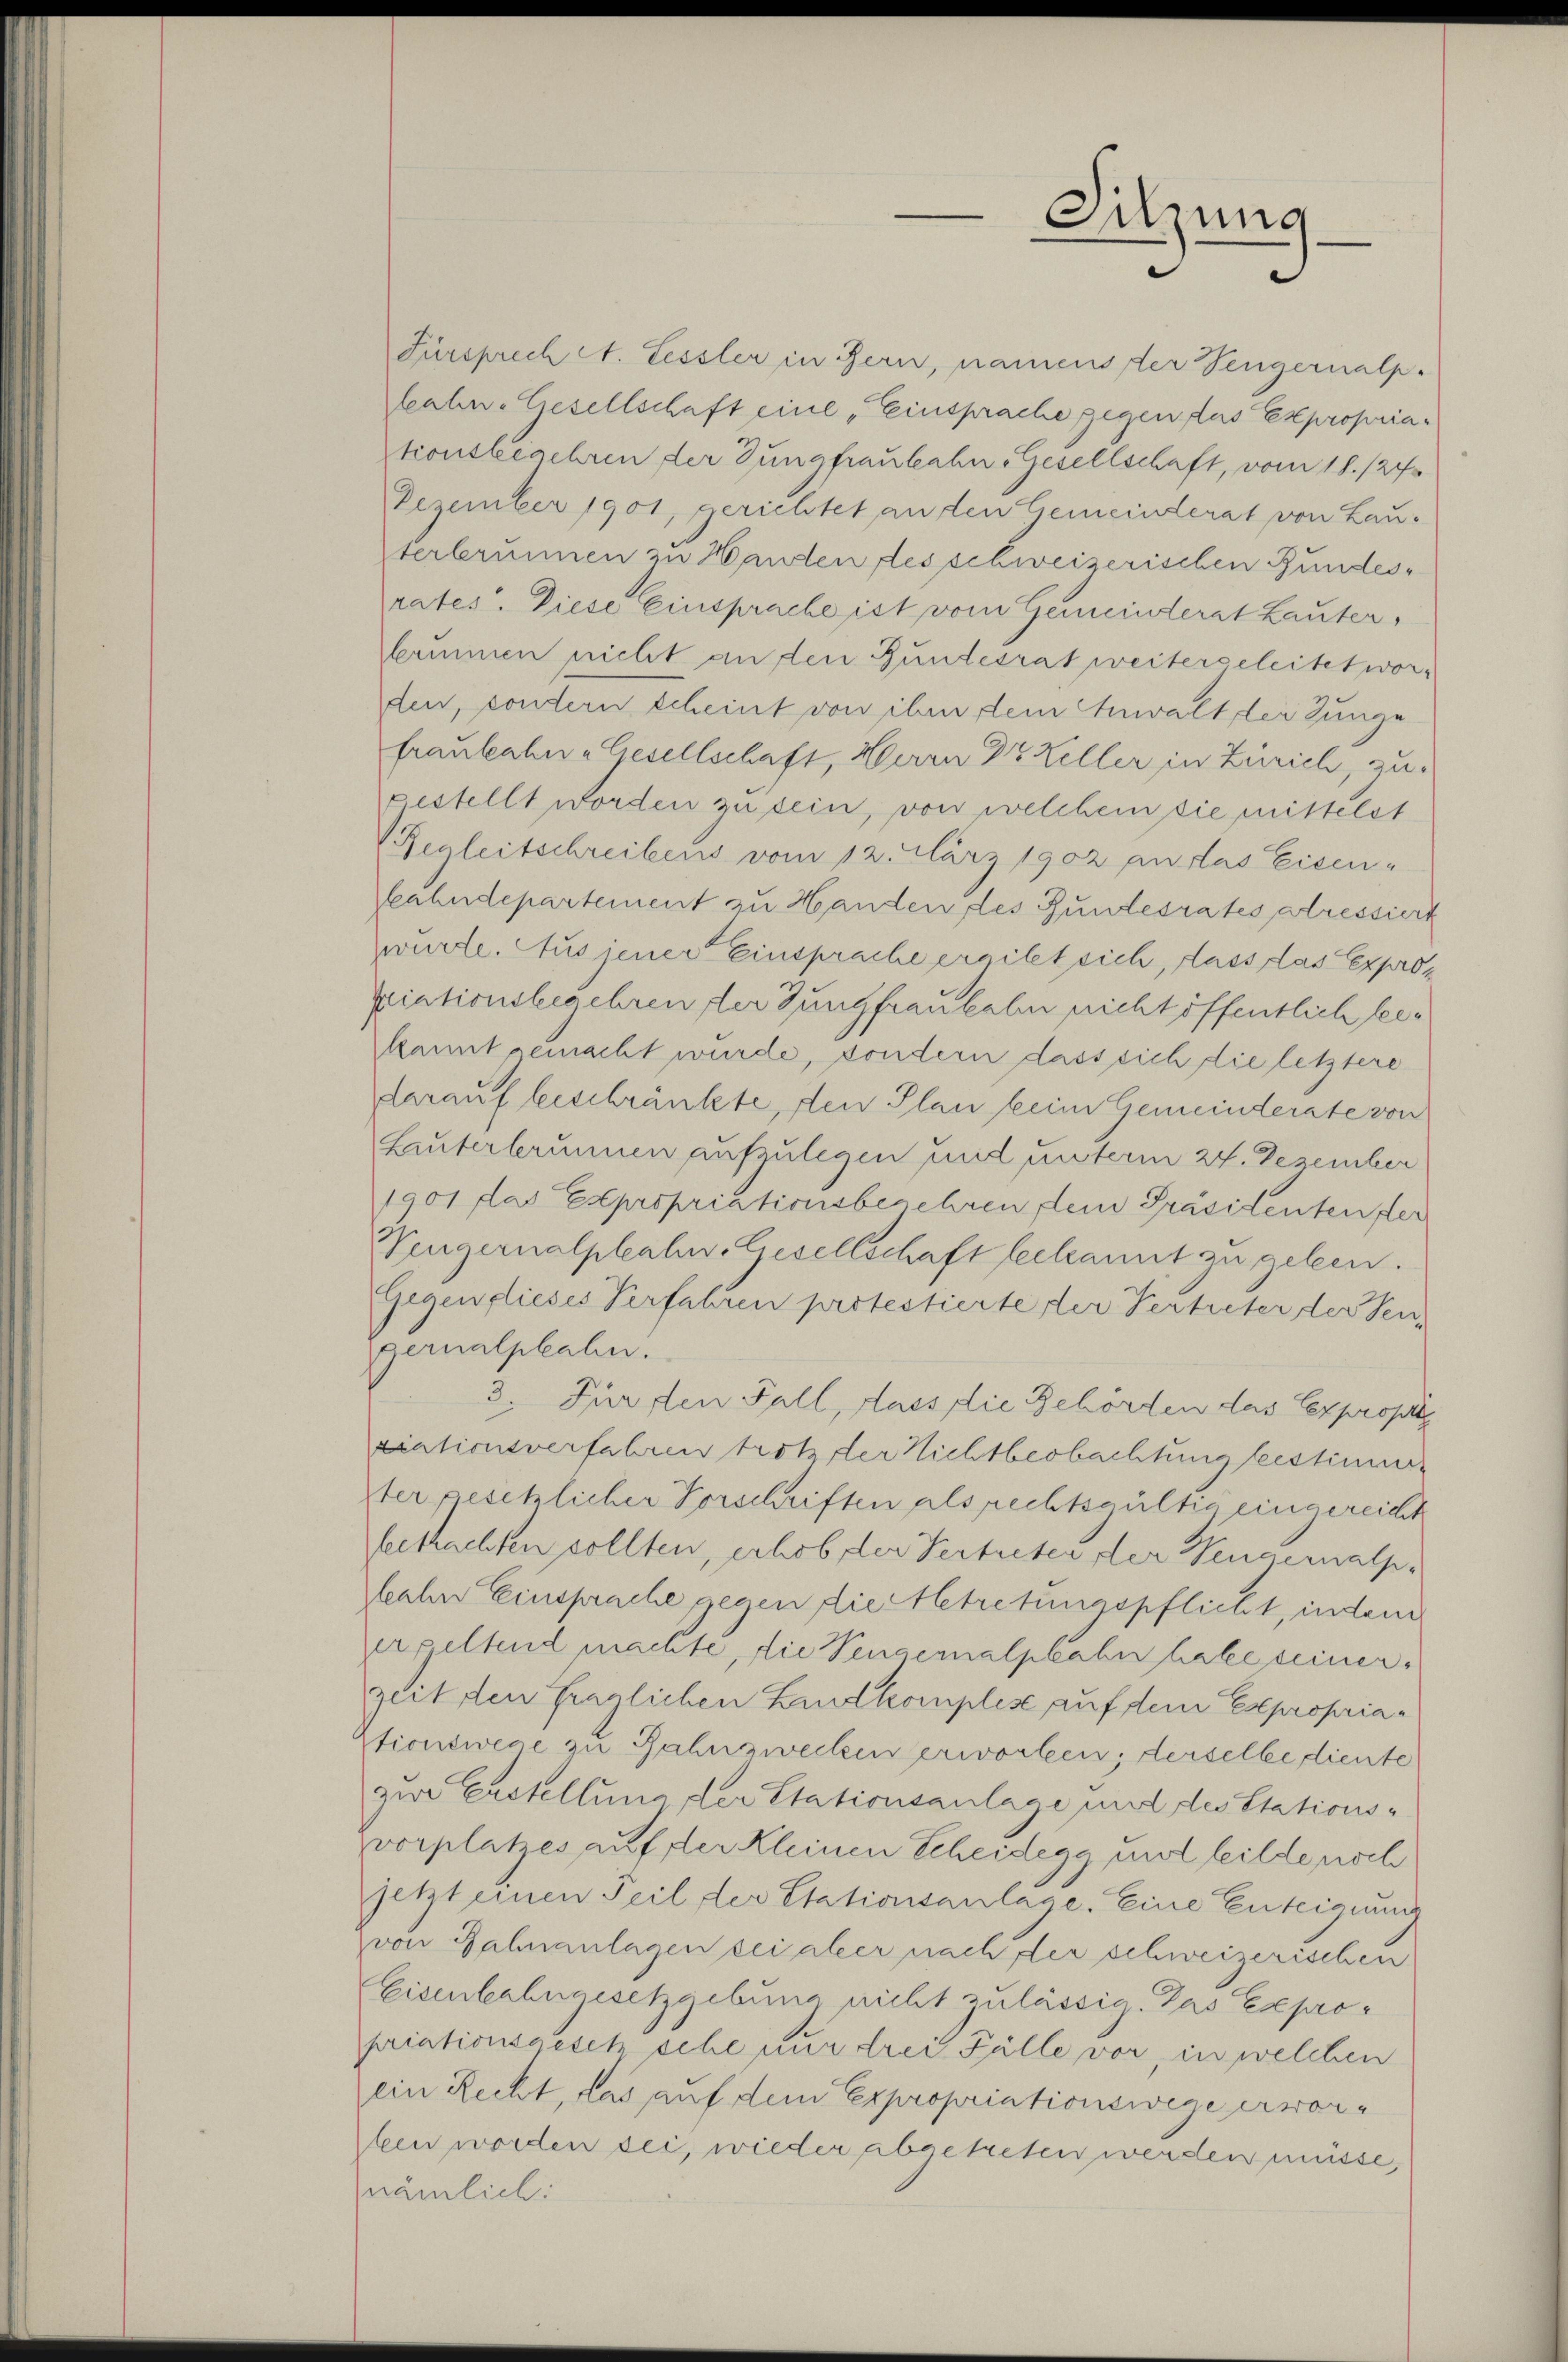
Fürsprech A. Lessler in Bern, namenster Sengernalp.
lahn-Gesellschaft eine „Einsprache gegen das Expropriationsbegehren der Jungfraubahn. Gesellschaft, vom 18. /27
Dezember 1901, gerichtet an den Gemeinderat von Lau-
terbrunnen zu Handen des schweizerischen Bundesrates. Diese Einsprache ist vom Gemeinderat Lauter,
kiimmen nicht an den Gundesrat weitergeleitet worden, contern scheint von ihm dem Anwalt der Junge
fraubahn-Gesellschaft, Herrn Dr Keller in Zürich, zu-
pestellt worden zu sein, von welchem sie mittelst
Regleitschreibens vom 12. März 1902 an das Eisen-
kahndepartement zu Handen des Bundesrates altressiert
würte. Aus jener Einsprache ergibt sich, dass das Expropriationsbegehren der Jungfrau habe nicht öffentlich leekannt gemacht wurde, sondern dass sich die letztere
darauf beschränkte, den Plan kein Gemeinderate von
Lauterbrunnen aufzulegen und unterm 24. Dezember
1901 das Expropriationsbeschren dein Präsidenten fer
Vengernalphabe. Gesellschaft bekannt zu geben.
Gegenflieses Verfahren protestierte der Vertreter der Sen
gernalphahn.
3. Für den Fall, dass die Behörten das Expropri
tiationsverfahren trotzter Nichtbeobachtung bestimm
ter gesetzlicher Vorschriften als rechtsgültig eingereicht
feetrachten sollten, erhob der Vertreten der Hengernalp,
fahre Einsprache gegen die Getretungspflicht, indem
erpeltend machte, die Vengemalplahn habe seinerzeit den fraglichen Landkomples auf dem Expropriaptionswege zu Rahnzwecken erworten; derselbe diente
zur Erstellung der Stationsanlage und des Stationsvorplatzes auf der Kleinen Scheidegg und teilte noch
jetzt einen Teil der Stationsanlage. Eine Enteigung
von Jahnanlagen sei aller nach der schweizerischen
Eisenbahngesetzgebung nicht zulässig. Das Expropriationsgesch sche nur drei Fälle vor, in welchen
ein Recht, das auf dem Expropriationswege erwarben worden sei, wieder abgetreten werden müsse,
nämlich:

Sitzung